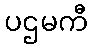
ပဌမကီ